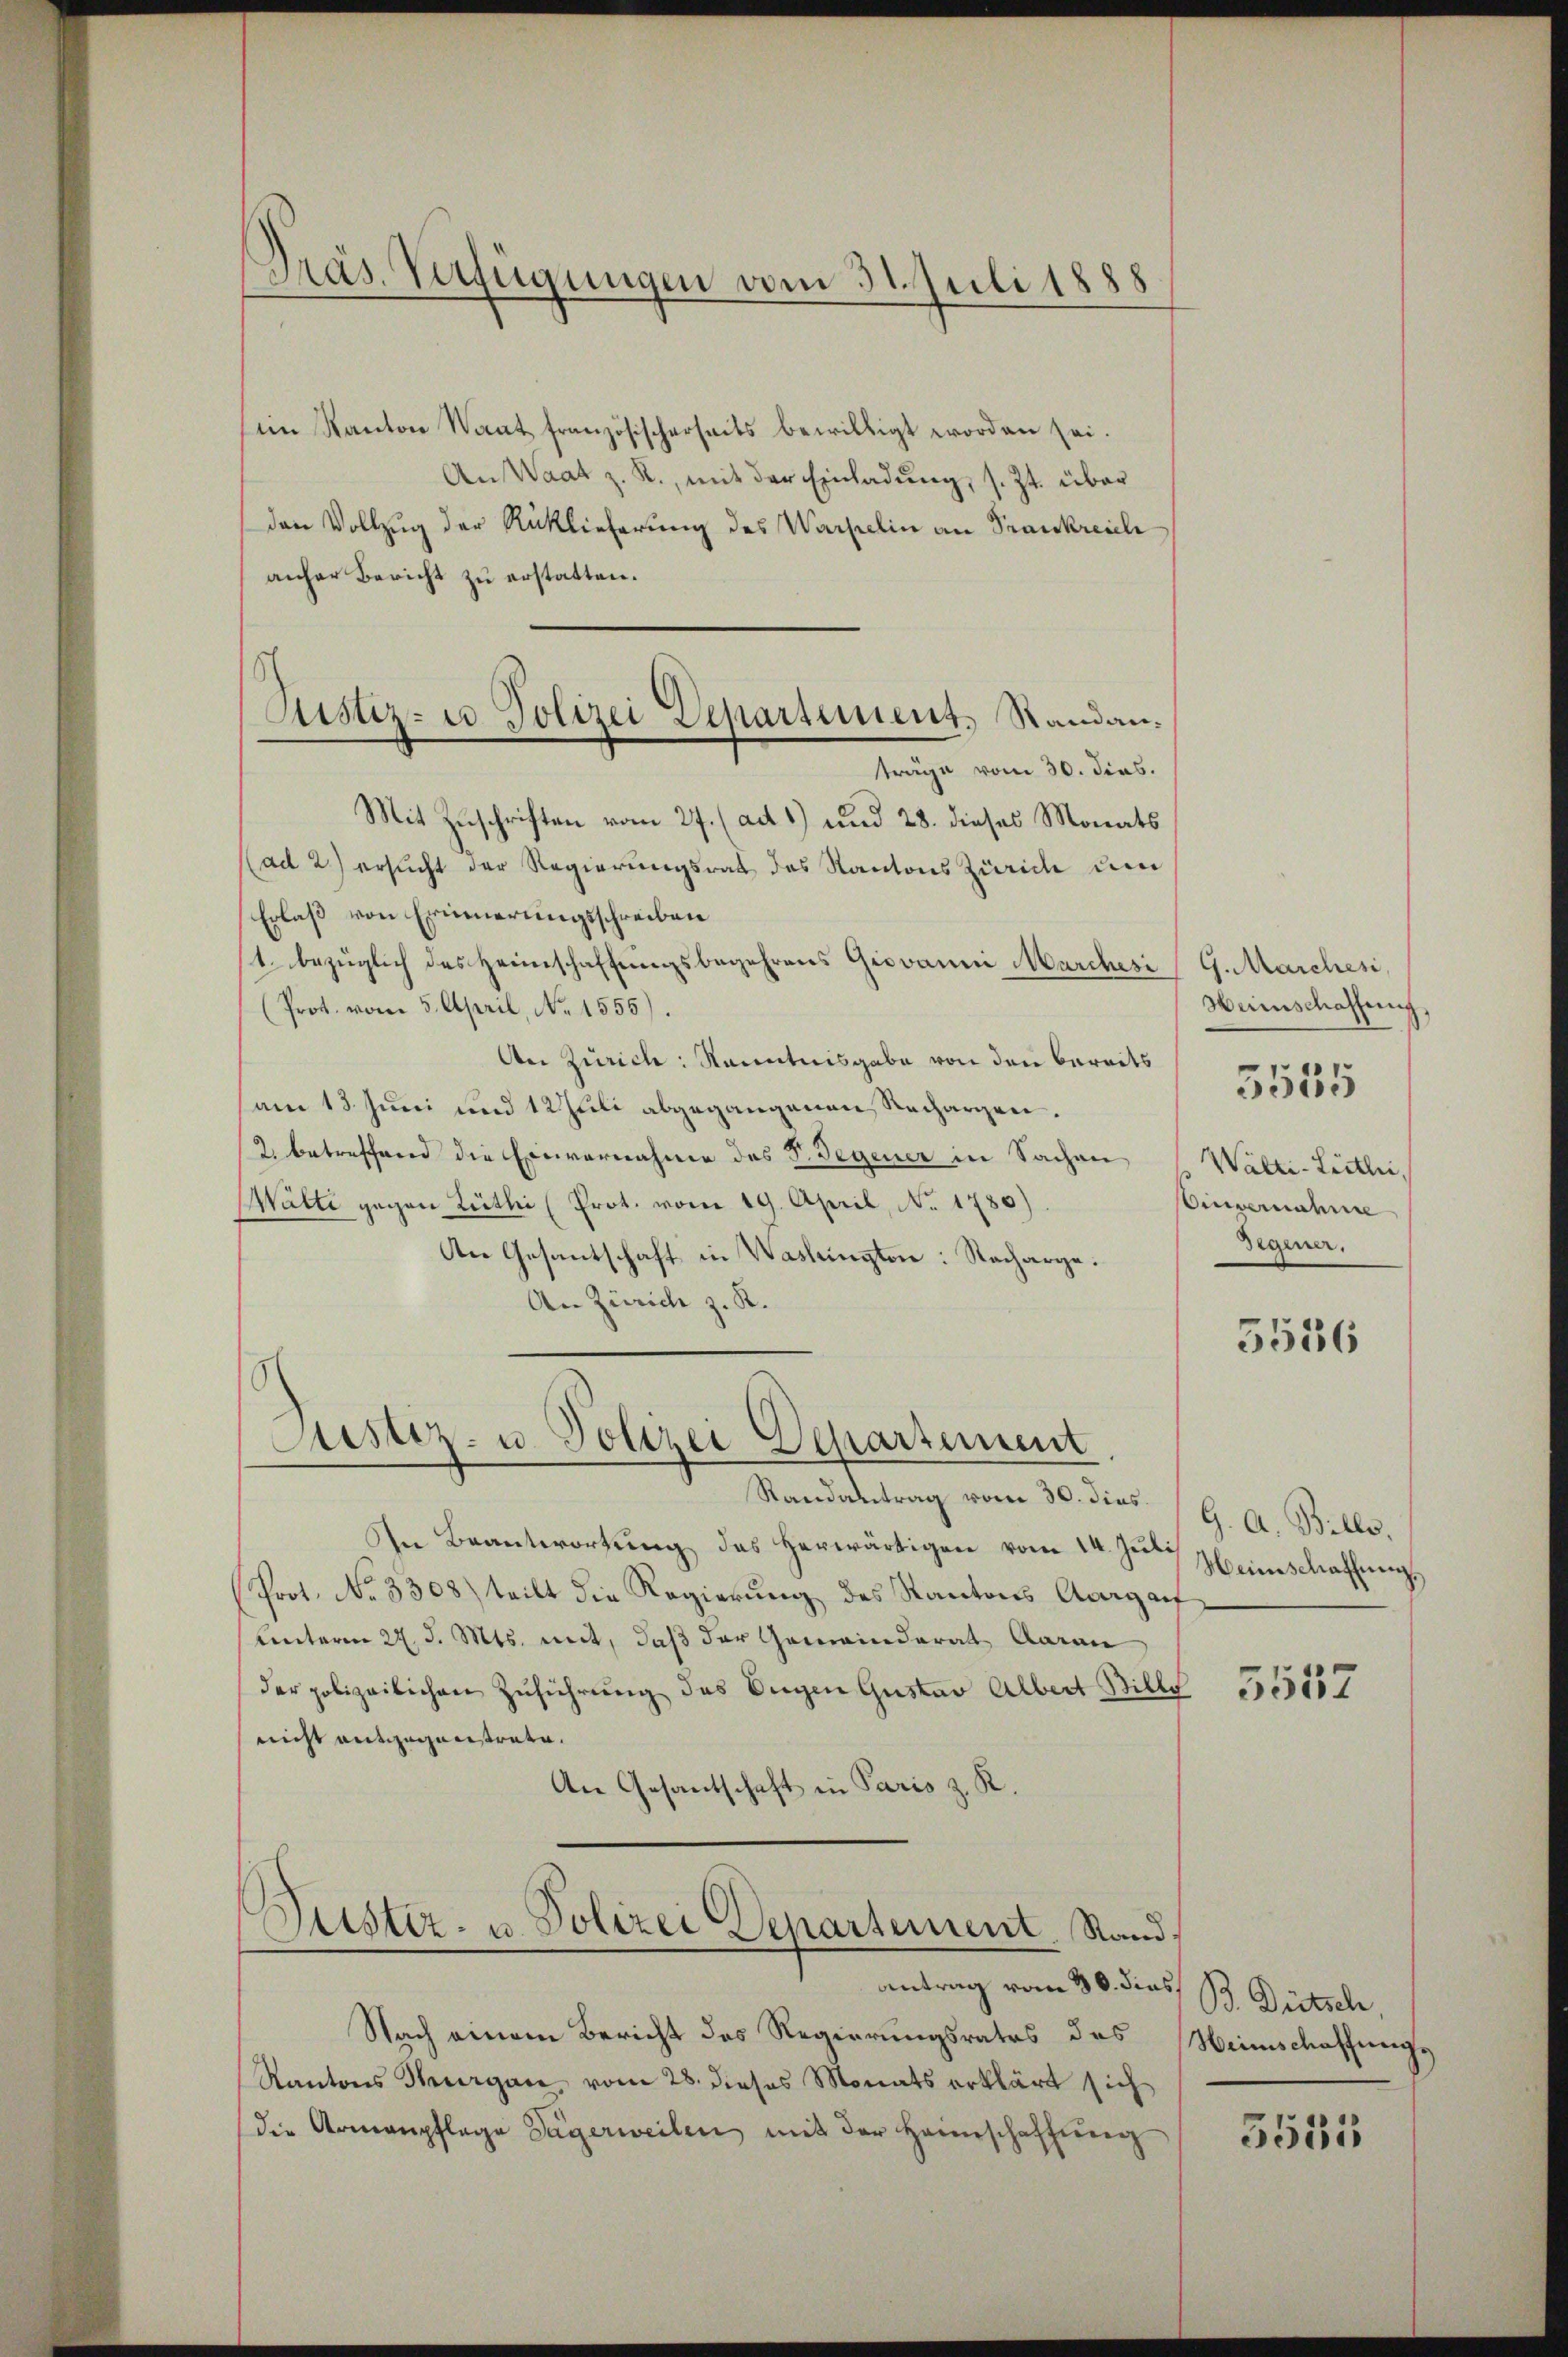
ein Kanton Waat französischerseits bewilligt worden sei.
An Waat z. R., mit der Einladung, s. Zt. über
den Vollzug der Rücklieferung des Wackelin an Frankreich
anher Bericht zu erstatten.
träge vom 30. dies.
Mit Zuschriften vom 27. (ad 1) und 28. dieses Monats
(ad 2.) ersucht der Regierungsrat des Kantons Zürich und
Erlaß von Erinnerungsschreiben
t. bezüglich des Heimschaffungsbegehrens Giovanni Marchesi
(Prot. vom 5. April, No 1555).
An Zürich: kanntnisgabe von den bereits
am 13. Juni und 12 Juli abgegangenen Rechargen.
2. betreffend die Einvernahme des V. Gegener in Sachen
Wälti gegen Rüthi (Prot. vom 19. April, No. 1780).
An Gesantschaft in Washingten: Nacharge.
An Zürich z. R.

Präs. Verfügungen vom 31. Juli 1888

Justiz- u. Polizei Departement, Standan¬

Justiz- u. Polizei Departement

Randantrag vom 30. dies (G. A. Bille,
In Beantwortung des herwärtigen vom 14. Juli
Prot. No 3308) teilt die Regierung des Kantons Aargauf
Unterm 27. d. Mts. mit, daß der Gemeinderat Aarau
der polizeilichen Zuführung des Eigen Gustav Albert Bille
nicht entgegenstrate.
An Gesantschaft in Paris z. R.

Justiz- u. Polizei Departement. Stand¬

Antrag vom 30. dies
Nach einem Bericht des Regierungsrates des Weinschaffungs
Kantons Thurgau vom 28. dieses Monats erklärt sich
die Armenpflege Sägerweilen mit der Haunschaffŭng

G. Marchesi,
Heimschaffung,
Wälti-Liethei
Einvernahme
Degener,

3535

3556

Heimschaffung.

5557

B. Dietsch

3531